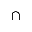
\cap